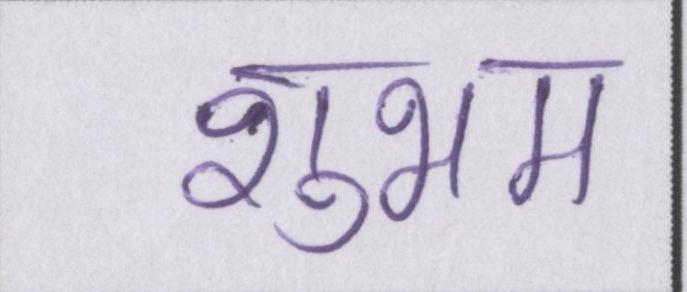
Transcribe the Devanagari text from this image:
शुभम